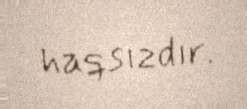
haqsızdır.